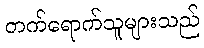
တက်ရောက်သူများသည်